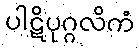
ပါဋိပုဂ္ဂလိကံ